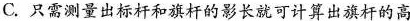
C.只需测量出标杆和旗杆的影长就可计算出旗杆的高